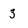
Character: 3